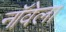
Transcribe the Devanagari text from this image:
नॉवेला